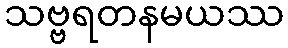
သဗ္ဗရတနမယဿ